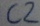
Text: C2